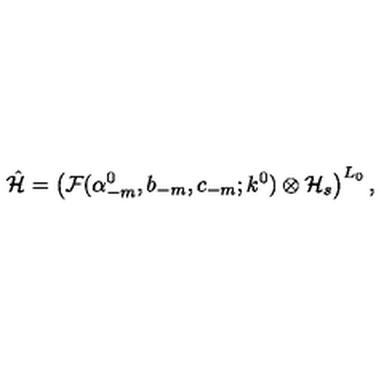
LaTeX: \hat { \cal H } = \left( { \cal F } ( \alpha _ { - m } ^ { 0 } , b _ { - m } , c _ { - m } ; k ^ { 0 } ) \otimes { \cal H } _ { s } \right) ^ { L _ { 0 } } ,